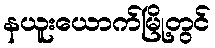
နယူးယောက်မြို့တွင်